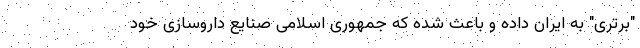
"برتری" به ایران داده و باعث شده که جمهوری اسلامی صنایع داروسازی خود